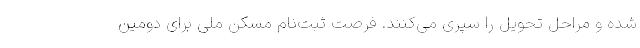
شده و مراحل تحویل را سپری می‌کنند. فرصت ثبت‌نام مسکن ملی برای دومین